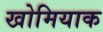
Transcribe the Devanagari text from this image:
खोमियाक